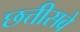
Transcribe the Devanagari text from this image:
छत्तीसवे